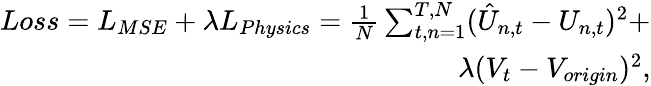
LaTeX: \begin{array}{r}{Loss=L_{MSE}+\lambda L_{Physics}=\frac{1}{N}\sum_{t,n=1}^{T,N}(\hat{U}_{n,t}-U_{n,t})^{2}+}\\ {\lambda(V_{t}-V_{origin})^{2},}\end{array}